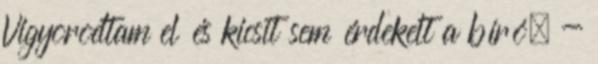
Vigyorodtam el és kicsit sem érdekelt a bíró. -